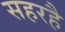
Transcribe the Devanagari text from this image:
सहरहै